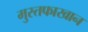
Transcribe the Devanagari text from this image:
मुस्तफाखान